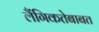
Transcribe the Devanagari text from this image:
लैंगिकतेबाबत